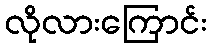
လိုလားကြောင်း